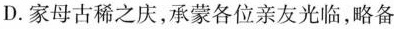
D.家母古稀之庆，承蒙各位亲友光临，略备